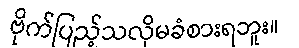
ဗိုက်ပြည့်သလိုမခံစားရဘူး။